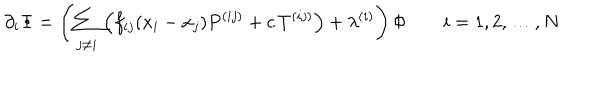
LaTeX: \partial _ { i } \Phi = \left( \sum _ { j \ne i } \left( f _ { i j } ( x _ { i } - x _ { j } ) P ^ { ( i j ) } + c \, T ^ { ( i j ) } \right) + \lambda ^ { ( i ) } \right) \Phi \qquad i = 1 , 2 , \ldots , N